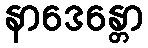
နာဒေန္တော